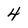
Character: 4